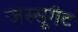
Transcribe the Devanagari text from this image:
जस्सूगेट